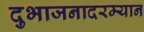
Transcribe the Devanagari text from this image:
दुभाजनादरम्यान